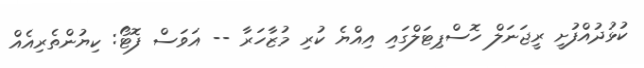
ކުޅުދުއްފުށީ ރީޖަނަލް ހޮސްޕިޓަލްގައި އިއްޔެ ކުރި މުޒާހަރާ -- އަވަސް ފޮޓޯ: ކިޔުންތެރިއެއް